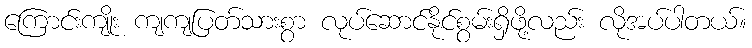
ကြောင်းကျိုး ကျကျပြတ်သားစွာ လုပ်ဆောင်နိုင်စွမ်းရှိဖို့လည်း လိုအပ်ပါတယ်။